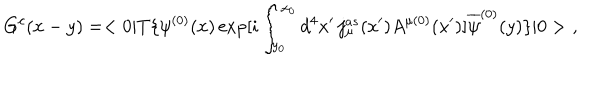
LaTeX: G ^ { c } ( x - y ) = < 0 | T \{ \psi ^ { ( 0 ) } ( x ) \exp [ i \int _ { y _ { 0 } } ^ { x _ { 0 } } d ^ { 4 } x ^ { \prime } \, j _ { \mu } ^ { a s } ( x ^ { \prime } ) A ^ { \mu ( 0 ) } ( x ^ { \prime } ) ] \overline { { { \psi } } } ^ { ( 0 ) } ( y ) \} | 0 > \, \, ,